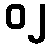
၀၂